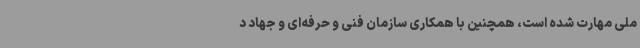
ملی مهارت شده است، همچنین با همکاری سازمان فنی و حرفه‌ای و جهاد د